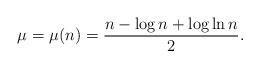
LaTeX: \begin{align*} \mu = \mu(n) = \frac{n - \log n + \log \ln n}{2}. \end{align*}